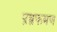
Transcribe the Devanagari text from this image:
प्रव्रफमण